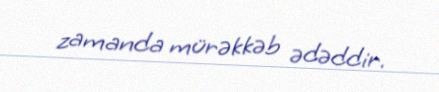
zamanda mürəkkəb ədəddir.